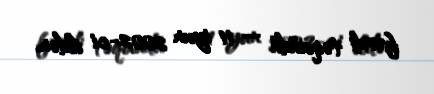
fərdi təqaüdü — 11 iyun 2002-ci ildən.